Bréfritari: Jón Jónsson
Viðtakandi: Jón Borgfirðings Jónsson
Dagsetning: A-1859-07-03
Skrifað á: Hesti  Borg.

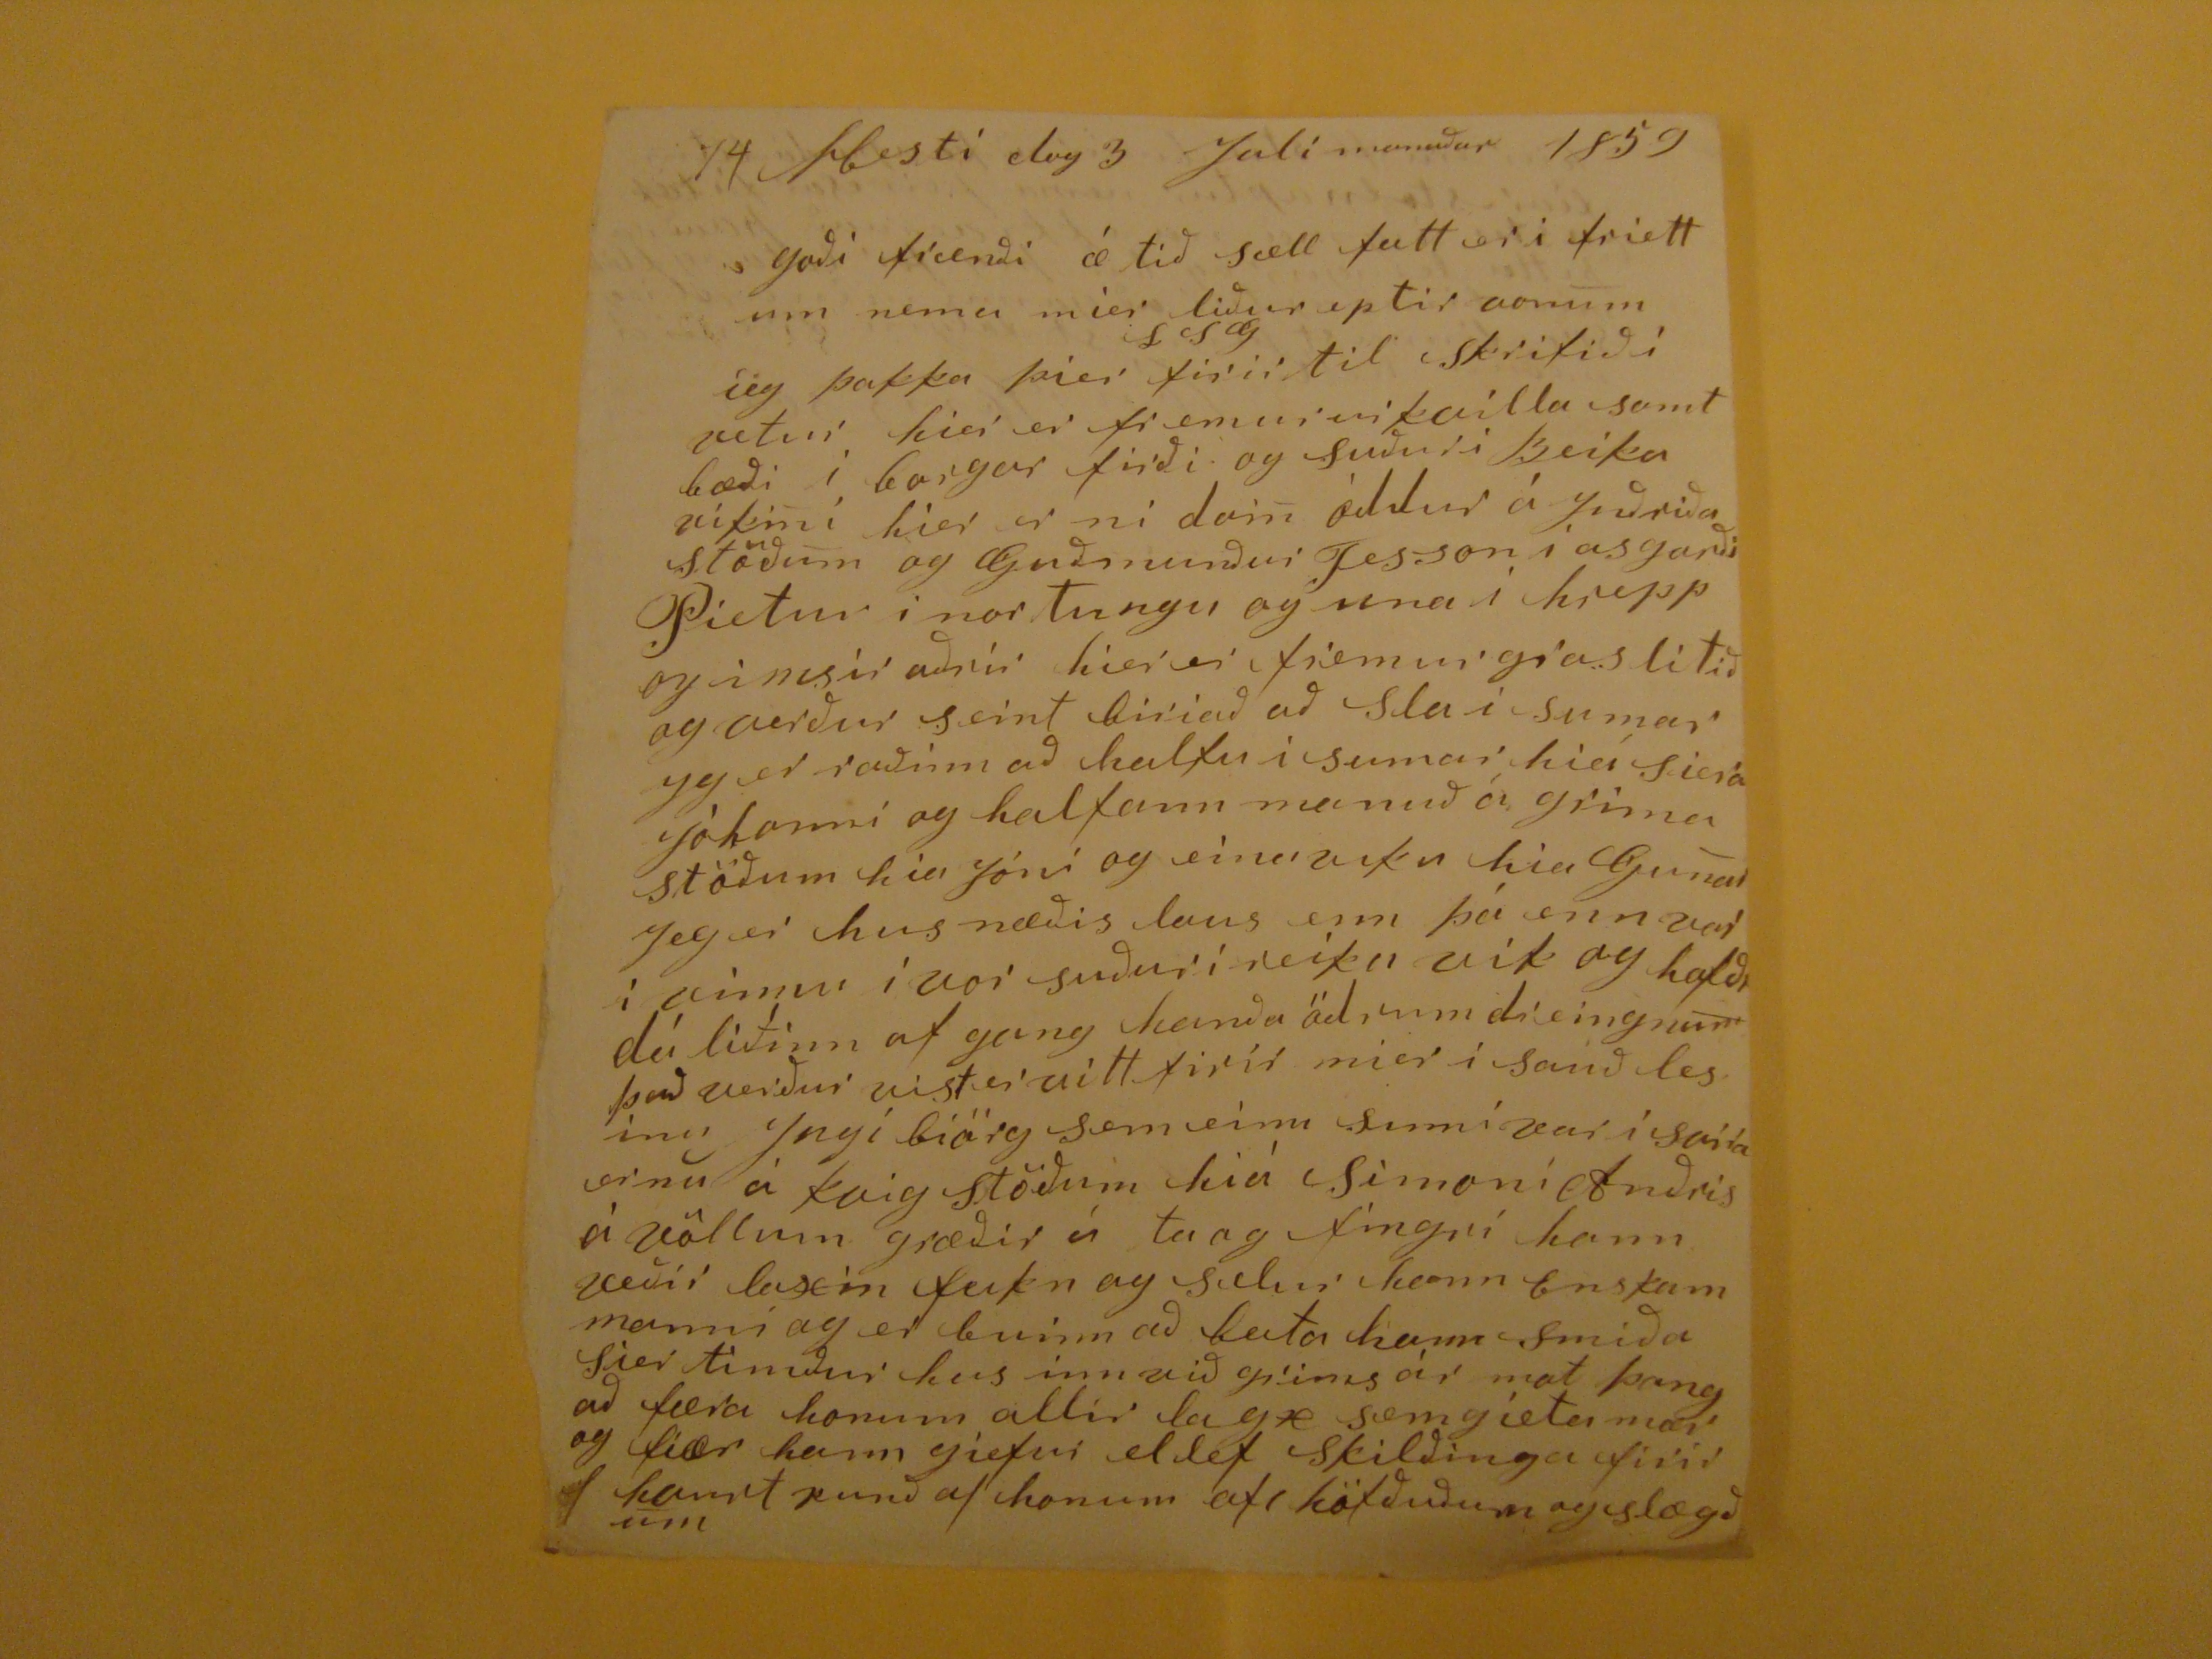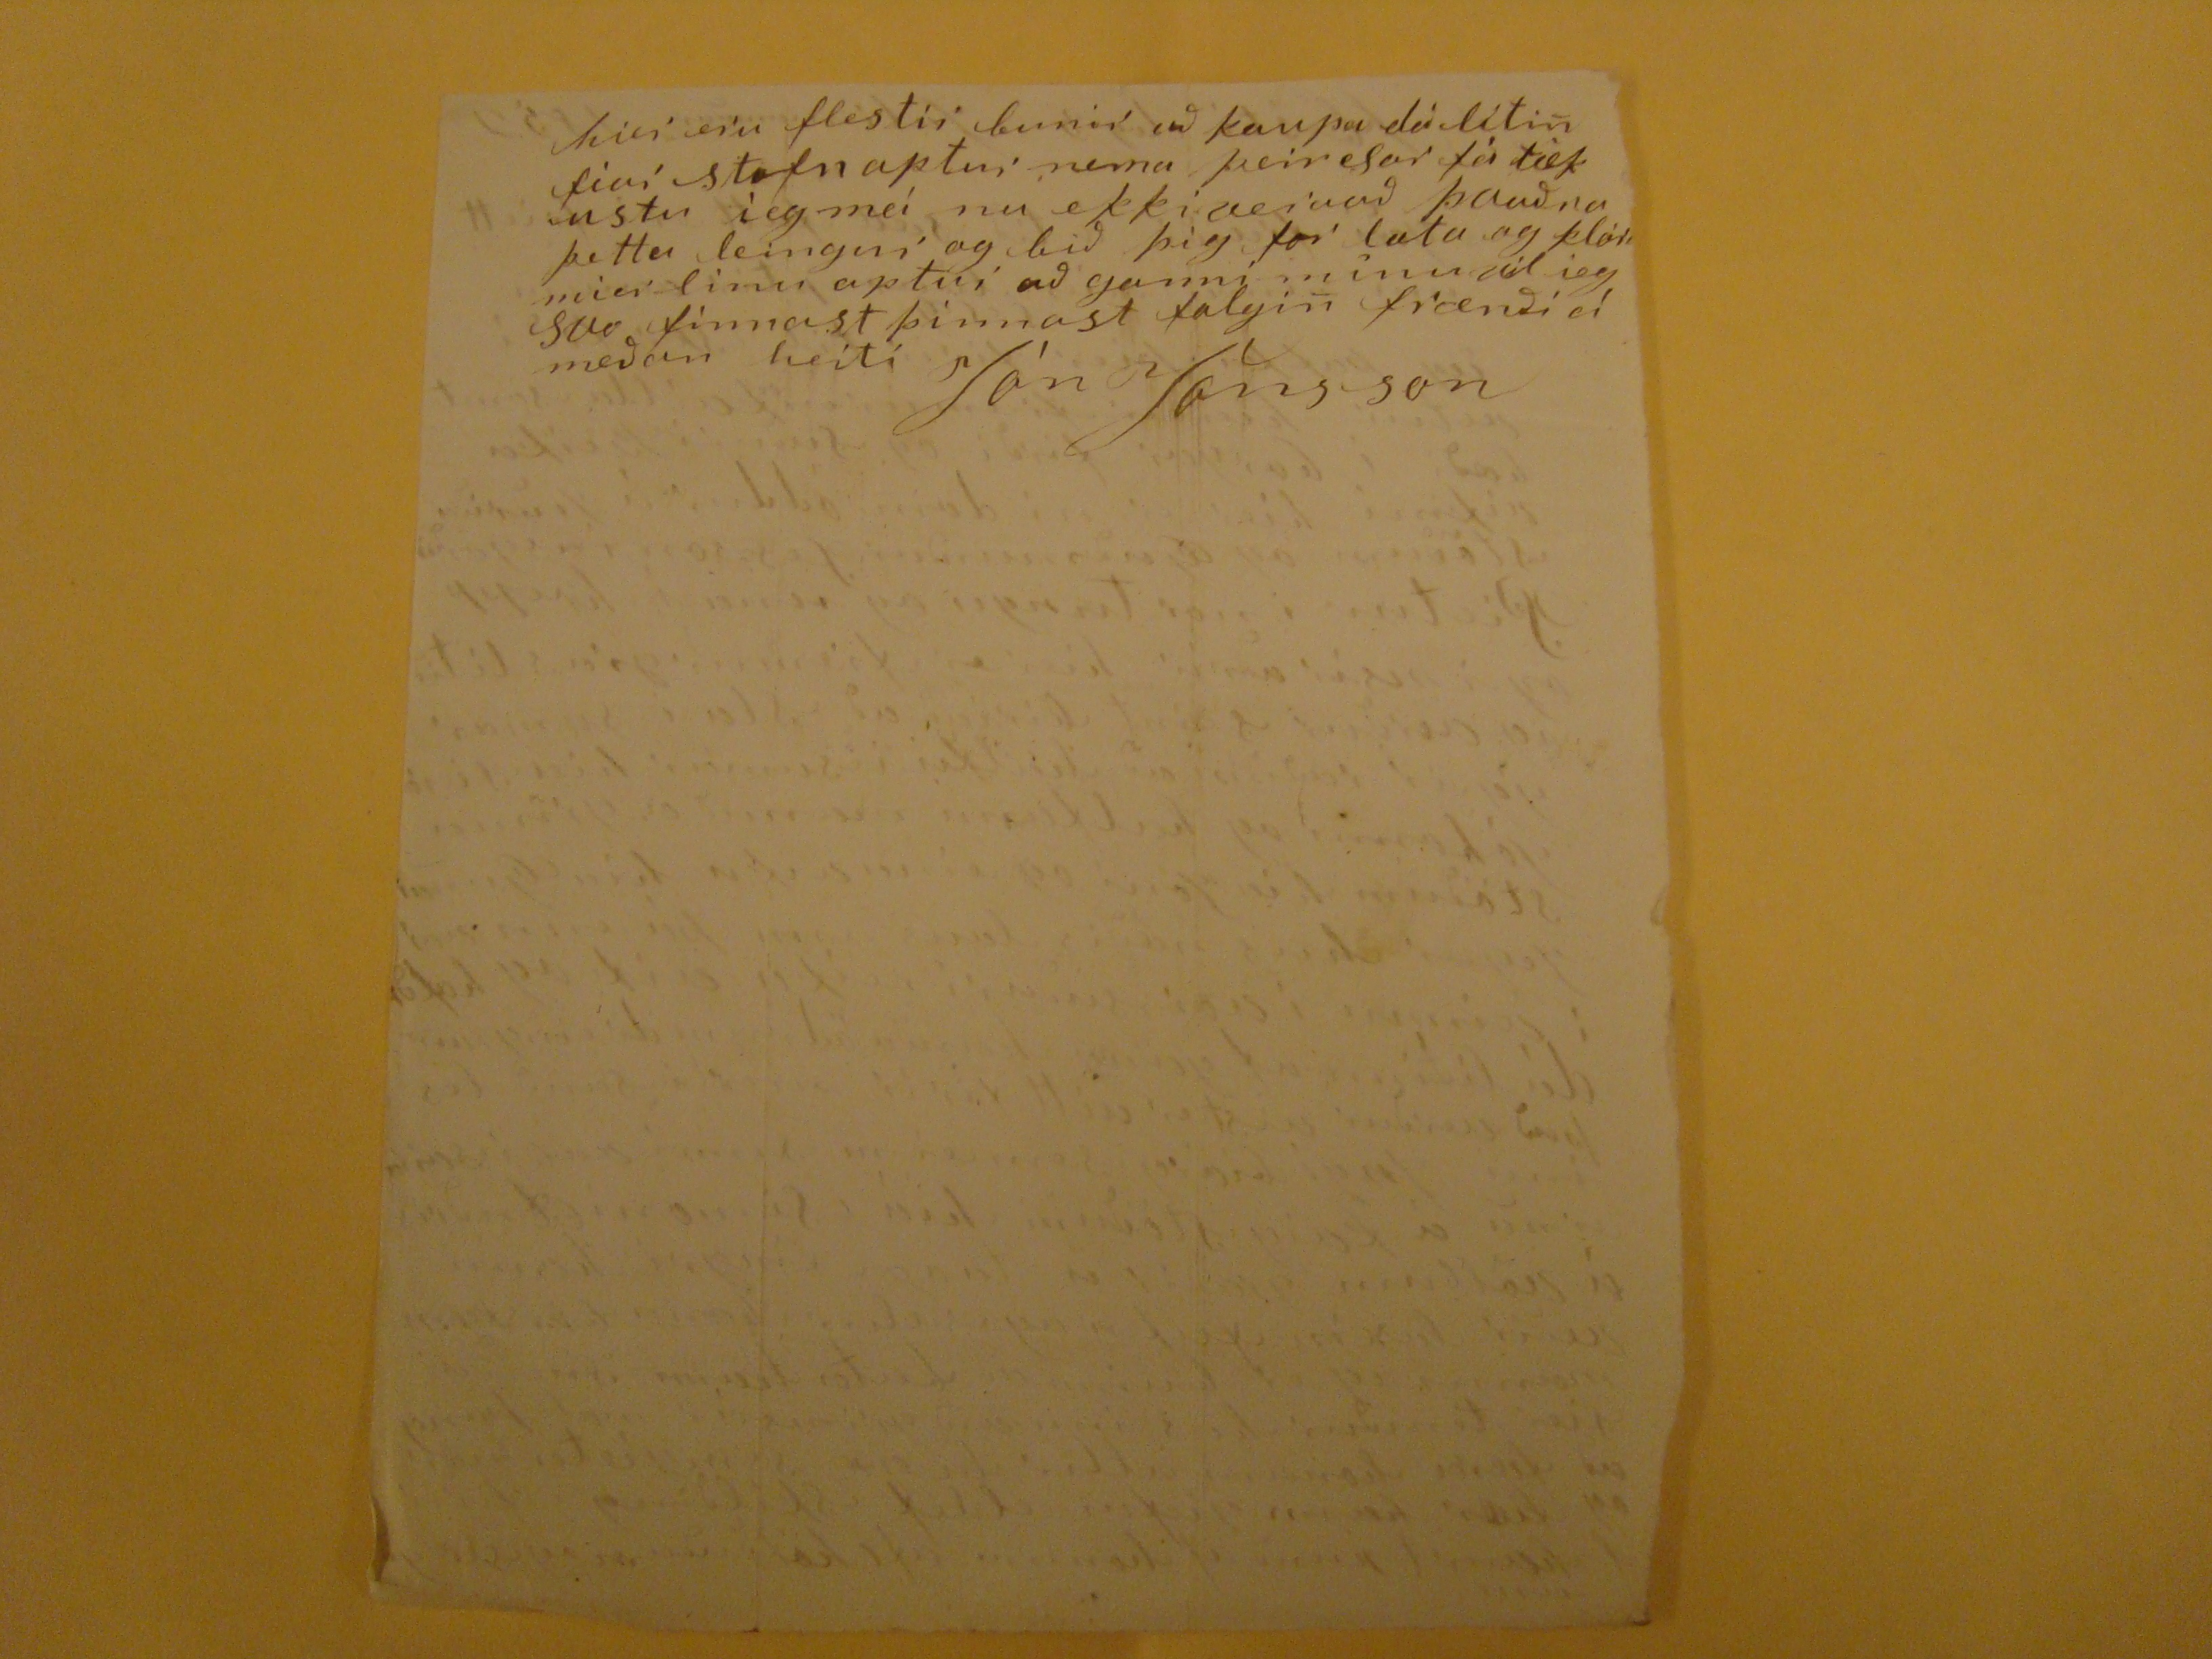

Hesti dag 3 Julímanuður 1859
Goði frænði æ tið sæll fatt er i friettum nema mier liður
LSG
eptir vonum ieg þakka þier firir til skrifið í vetur hier er fremur
vikaílla
samt bæði í borgar firði og suður i Beikavikini hier er ni doin oddur á Indriða stöðum og Guðmunður Fesson i asgarði Pietur i nortungu og una i hrepp og i nesir aðrir hier er fremur gras litið og verður seint biriað að sla i sumar
Jg
er raðinn að hlafu i sumar hiá siera Jóhanni og halfann manuð á grimastöðum hia Jóni og eina viku hia Gunar Ieg er husnæðis laus enn þá enn var i vinnu i vor suður i reika vík og hafði dá líðinn af gang hanða ödrum dreingnum það verður vist er vitt firir mier i sauð lesinu Ingi biörg sem einu sinni var i
sana ernu
á kvig stöðum hiá Simoni Anðris á völlum græðir á ta og fingri hann veðir laxin feikn og selur hann Enskum manni og er buinn að beita hann smiða sier timður hus inn við grims ár mat þang að færa honum allir lagx sem gieta mær og fiær hann giefur ellef Skilðinga firir hvurt punð af honum af höfðuðum og slægðum
hier eru flestir bunir að kuapa dá litin fiar stofn aptur nema þeir
efar
fá tækustu ieg má nu ekki veraað þvaðra þetta leingur og bið þig for lata og klóra mier linu aptur að ganni minu vil ieg Svo finnast þinnast folgin frænði á meðan heiti
Jón Jónsson